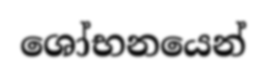
ශෝභනයෙන්